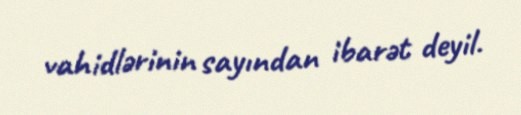
vahidlərinin sayından ibarət deyil.